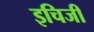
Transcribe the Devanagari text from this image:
इचिजी